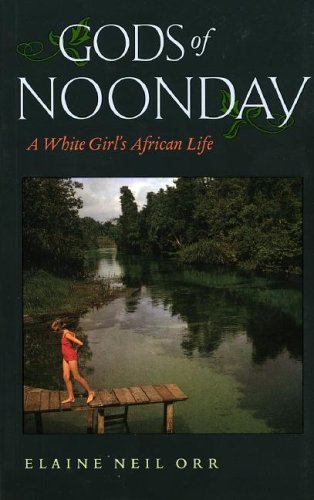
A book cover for Gods of Noonday: A White Girl's African Life; Elaine Neil Orr; Travel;